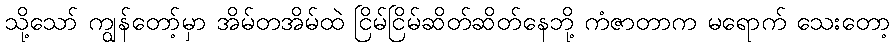
သို့သော် ကျွန်တော့်မှာ အိမ်တအိမ်ထဲ ငြိမ်ငြိမ်ဆိတ်ဆိတ်နေဘို့ ကံဇာတာက မရောက် သေးတော့